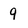
Character: 9